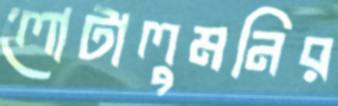
লোটালুমনির